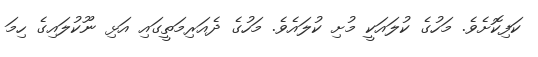
ކަފިކޮށެވެ. މަހުގެ ކުލައަކީ މުށި ކުލައެވެ. މަހުގެ ދެއަރިމަތީގައި އަޅި ނޫކުލައިގެ ހިމަ